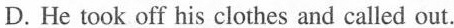
D. He took off his clothes and called out.